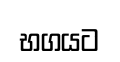
භගයට